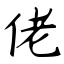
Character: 佬